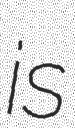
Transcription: is